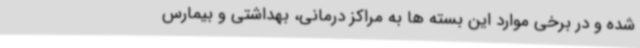
شده و در برخی موارد این بسته ها به مراکز درمانی، بهداشتی و بیمارس